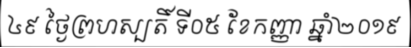
៤៩ ថ្ងៃព្រហស្បតិ៍ ទី០៥ ខែកញ្ញា ឆ្នាំ២០១៩